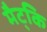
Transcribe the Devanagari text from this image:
मैट्कि